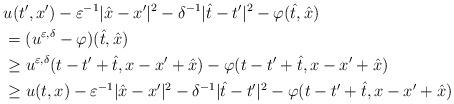
LaTeX: \begin{align*}&u(t',x')-\varepsilon^{-1}|\hat{x}-x'|^2-\delta^{-1}|\hat{t}-t'|^2-\varphi(\hat{t},\hat{x})\\&=(u^{\varepsilon,\delta}-\varphi)(\hat{t},\hat{x})\\&\ge u^{\varepsilon,\delta}(t-t'+\hat{t},x-x'+\hat{x})-\varphi(t-t'+\hat{t},x-x'+\hat{x})\\&\ge u(t,x)-\varepsilon^{-1}|\hat{x}-x'|^2-\delta^{-1}|\hat{t}-t'|^2-\varphi(t-t'+\hat{t},x-x'+\hat{x})\end{align*}